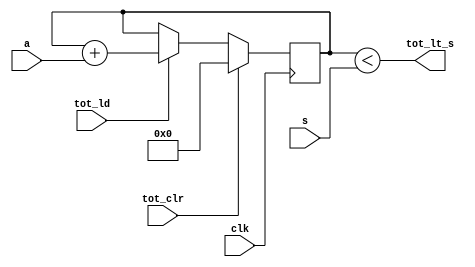
//==============================================================================
// Datapath for Soda Dispenser Project
//==============================================================================

 module SodaDatapath(
     // External Inputs
     input clk,				// clock
     input [7:0] s,         // soda price
     input [7:0] a,         // inserted coin's value

     // Datapath Control Signals
     input tot_ld,          // signal to load tot register
     input tot_clr,         // signal to clear tot register

     // Datapath Outputs to Controller
     output reg tot_lt_s    // indicates whether total is less than soda price
 );

    // Declare Local Vars Here
    reg [8:0] tot; // store the total

    //----------------------------------------------------------------------
	// Internal Logic
	//----------------------------------------------------------------------
    always @(posedge clk) begin
        // if there is a clear signal, clear tot
        if (tot_clr == 1) begin 
            tot <= 9'd0;
        end
        // if there is a load signal, load tot 
        else if (tot_ld == 1) begin
            tot <= tot + a; 
        end
    end

    //----------------------------------------------------------------------
	// Output Logic -- Set Datapath Outputs
	//----------------------------------------------------------------------
	always @( * ) begin
        // set output to whether tot is less than s
        tot_lt_s = (tot < s);
	end
endmodule